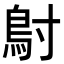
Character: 𬶾